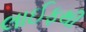
લાઈફથી